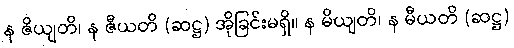
န ဇိယျတိ၊ န ဇီယတိ (ဆဋ္ဌ) အိုခြင်းမရှိ။ န မိယျတိ၊ န မီယတိ (ဆဋ္ဌ)